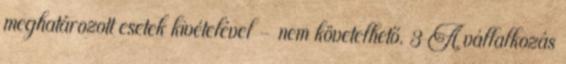
meghatározott esetek kivételével – nem követelhető. 3 A vállalkozás